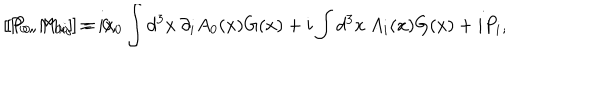
LaTeX: [ P _ { 0 } , M _ { 0 i } ] = i x _ { 0 } \int d ^ { 3 } x \: \partial _ { i } A _ { 0 } ( x ) G ( x ) + i \int d ^ { 3 } x \: A _ { i } ( x ) G ( x ) + i P _ { i } , \hspace { 0 . 2 5 i n } [ P _ { 0 } , M _ { k j } ] = 0 ,